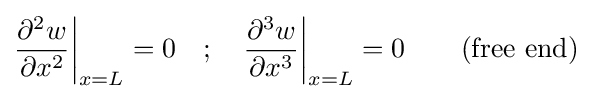
{\frac {\partial ^{2}w}{\partial x^{2}}}{\bigg |}_{x=L}=0\quad ;\quad {\frac {\partial ^{3}w}{\partial x^{3}}}{\bigg |}_{x=L}=0\qquad {\mbox{(free end)}}